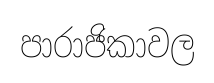
පාරාජිකාවල